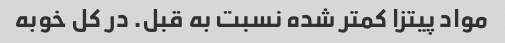
مواد پیتزا کمتر شده نسبت به قبل. در کل خوبه